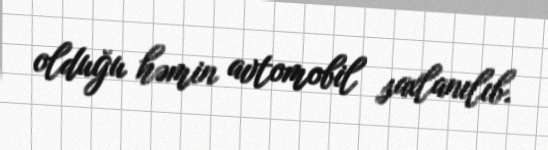
olduğu həmin avtomobil saxlanılıb.